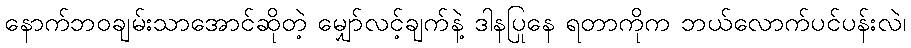
နောက်ဘဝချမ်းသာအောင်ဆိုတဲ့ မျှော်လင့်ချက်နဲ့ ဒါနပြုနေ ရတာကိုက ဘယ်လောက်ပင်ပန်းလဲ၊